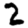
Digit: 2